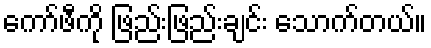
ကော်ဖီကို ဖြည်းဖြည်းချင်း သောက်တယ်။